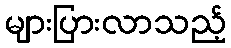
များပြားလာသည့်